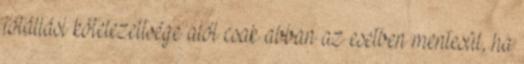
jótállási kötelezettsége alól csak abban az esetben mentesül, ha